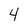
Character: 4